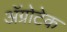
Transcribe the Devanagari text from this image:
अॅग्रोटेक